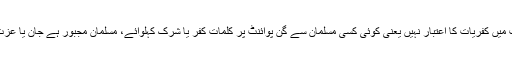
دوسری طرف جبر واکراہ کی صورت میں کفریات کا اعتبار نہیں یعنی کوئی کسی مسلمان سے گن پوائنٹ پر کلمات کفر یا شرک کہلوائے، مسلمان مجبور ہے جان یا عزت، قتل یا عضو کٹنے کی دھمکی ہے۔